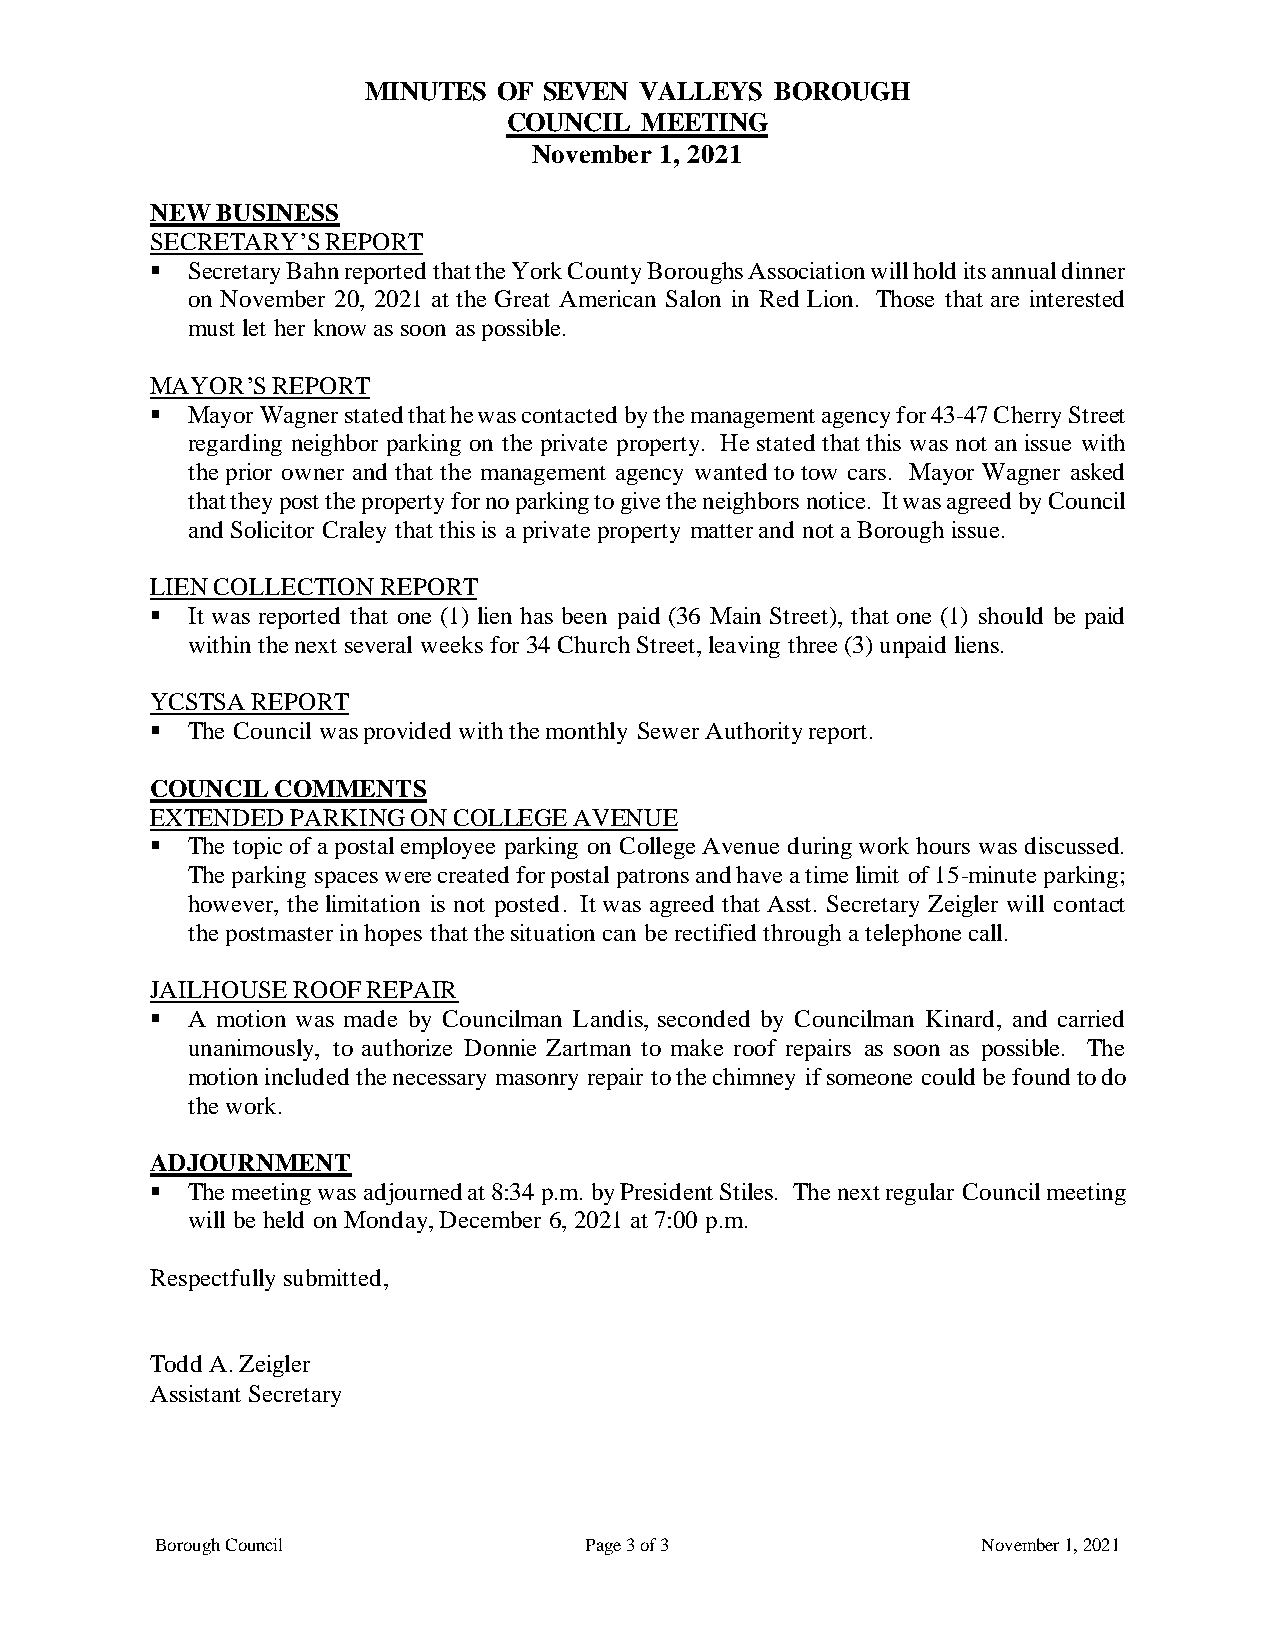
MINUTES  OF SEVEN VALLEYS  BOROUGH
 COUNCIL MEETING
 November 1, 2021
 NEW BUSINESS
 SECRETARY’S REPORT
 ▪ Secretary Bahn reported that the York County Boroughs Association will hold its annual dinner
 on November 20, 2021 at the Great American Salon in Red Lion. Those that are interested
 must let her know as soon as possible.
 MAYOR’S REPORT
 ▪ Mayor Wagner stated that he was contacted by the management agency for 43-47 Cherry Street
 regarding neighbor parking on the private property. He stated that this was not an issue with
 the prior owner and that the management agency wanted to tow cars. Mayor Wagner asked
 that they post the property for no parking to give the neighbors notice. It was agreed by Council
 and Solicitor Craley that this is a private property matter and not a Borough issue.
 LIEN COLLECTION REPORT
 ▪ It was reported that one (1) lien has been paid (36 Main Street), that one (1) should be paid
 within the next several weeks for 34 Church Street, leaving three (3) unpaid liens.
 YCSTSA REPORT
 ▪ The Council was provided with the monthly Sewer Authority report.
 COUNCIL COMMENTS
 EXTENDED PARKING ON COLLEGE AVENUE
 ▪ The topic of a postal employee parking on College Avenue during work hours was discussed.
 The parking spaces were created for postal patrons and have a time limit of 15-minute parking;
 however, the limitation is not posted. It was agreed that Asst. Secretary Zeigler will contact
 the postmaster in hopes that the situation can be rectified through a telephone call.
 JAILHOUSE ROOF REPAIR
 ▪ A motion was made by Councilman Landis, seconded by Councilman Kinard, and carried
 unanimously, to authorize Donnie Zartman to make roof repairs as soon as possible. The
 motion included the necessary masonry repair to the chimney if someone could be found to do
 the work.
 ADJOURNMENT
 ▪ The meeting was adjourned at 8:34 p.m. by President Stiles. The next regular Council meeting
 will be held on Monday, December 6, 2021 at 7:00 p.m.
 Respectfully submitted,
 Todd A. Zeigler
 Assistant Secretary
 Borough Council              Page 3 of 3               November 1, 2021